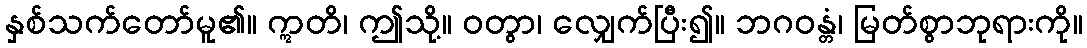
နှစ်သက်တော်မူ၏။ ဣတိ၊ ဤသို့။ ဝတွာ၊ လျှေက်ပြီး၍။ ဘဂဝန္တံ၊ မြတ်စွာဘုရားကို။